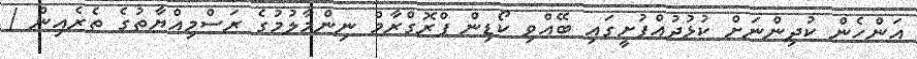
އަންހެން ކުދިންނަށް ކުޅުދުއްފުށީގައި ބޭއްވި ކޯޑިން ޕްރޮގްރާމް ނިންމާލުމުގެ ރަސްމިއްޔާތުގެ ތެރެއިން /